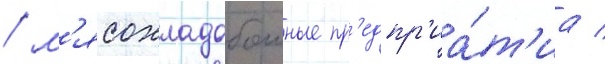
/ м'ясохладобоиные пр'едпр'иа́т'иа /